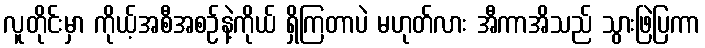
လူတိုင်းမှာ ကိုယ့်အစီအစဉ်နဲ့ကိုယ် ရှိကြတာပဲ မဟုတ်လား အီကာအိသည် သွားဖြဲပြကာ